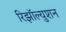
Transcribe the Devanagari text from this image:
रिझॉल्युशन